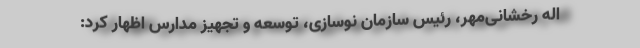
اله رخشانی‌مهر، رئیس سازمان نوسازی، توسعه و تجهیز مدارس اظهار کرد: